Lunatic asylums Bombay report 1891-1903 - 1891-1903
Year: 1891
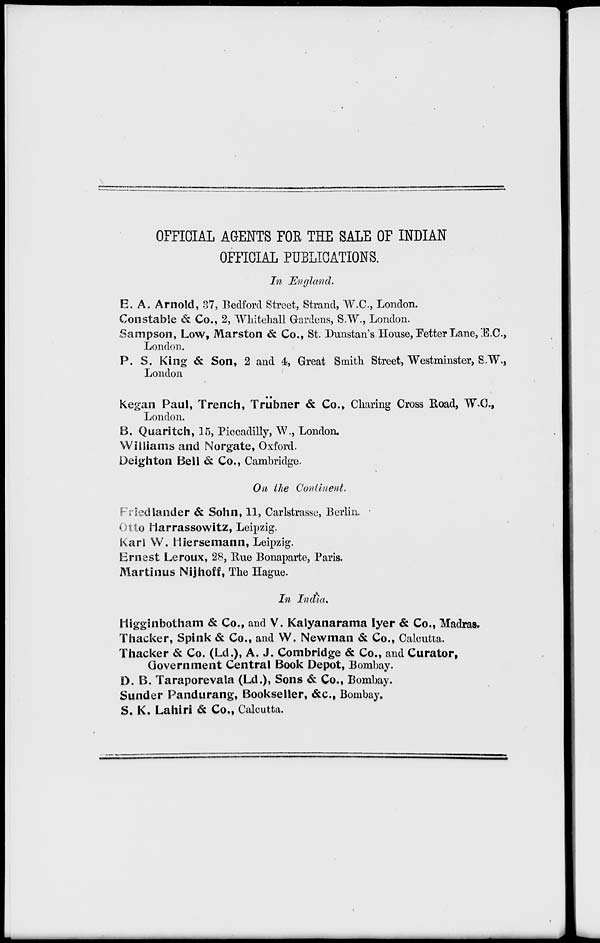
OFFICIAL AGENTS FOR THE SALE OF INDIAN
OFFICIAL PUBLICATIONS.
In England.
E. A. Arnold, 37, Bedford Street, Strand, W.C., London.
Constable & Co., 2, Whitehall Gardens, S.W., London.
Sampson, Low, Marston & Co., St. Dunstan's House, Fetter Lane, .E.C.,
London.
P. S. King & Son, 2 and 4, Great Smith Street, Westminster, S.W.,
London
Kegan Paul, Trench, Trübner & Co., Charing Cross Road, W.C.,
London.
B. Quaritch, 15, Piccadilly, W., London.
Williams and Norgate, Oxford.
Deighton Bell & Co., Cambridge.
On the Continent.
Friedlander & Sohn, 11, Carlstrasse, Berlin.
Otto Harrassowitz, Leipzig.
Karl W. Hiersemann, Leipzig.
Ernest Leroux, 28, Rue Bonaparte, Paris.
Martinus Nijhoff, The Hague.
In India.
Higginbotham & Co., and V. Kalyanarama Iyer & Co., Madras.
Thacker, Spink & Co., and W. Newman & Co., Calcutta.
Thacker & Co. (Ld.), A. J. Combridge & Co., and Curator,
Government Central Book Depot, Bombay.
D. B. Taraporevala (Ld.), Sons & Co., Bombay.
Sunder Pandurang, Bookseller, &c., Bombay.
S. K. Lahiri & Co., Calcutta.